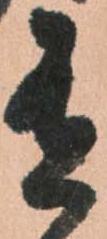
有